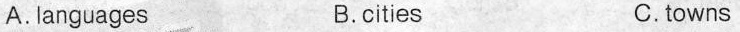
A.languages B.cities C.towns